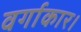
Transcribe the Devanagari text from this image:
वर्गाकार।